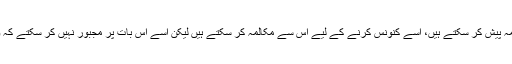
ہم اس فرد کے سامنے اپنا مقدمہ پیش کر سکتے ہیں، اسے کنونس کرنے کے لیے اس سے مکالمہ کر سکتے ہیں لیکن اسے اس بات پر مجبور نہیں کر سکتے کہ وہ ہم سے ہر حال میں متفق ہو۔